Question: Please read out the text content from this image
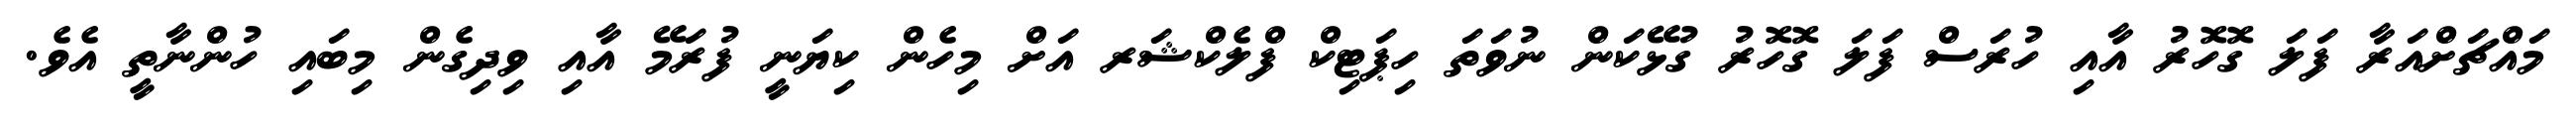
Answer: މައްޗަށްއަރާ ފަލަ ގޮހޮރު އާއި ހުރަސް ފަލަ ގޮހޮރު ގުޅޭކަން ނުވަތަ ހިޕަޓިކް ފްލެކްޝަރ އަށް މިހެން ކިޔަނީ ފުރަމޭ އާއި ވިދިގެން މިބައި ހުންނާތީ އެވެ.